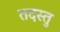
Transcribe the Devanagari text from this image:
तदस्तु